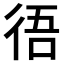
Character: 𢓲